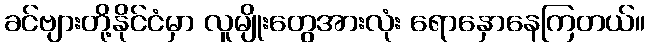
ခင်ဗျားတို့နိုင်ငံမှာ လူမျိုးတွေအားလုံး ရောနှောနေကြတယ်။